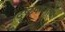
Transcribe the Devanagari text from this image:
दुष्टदमनाथ